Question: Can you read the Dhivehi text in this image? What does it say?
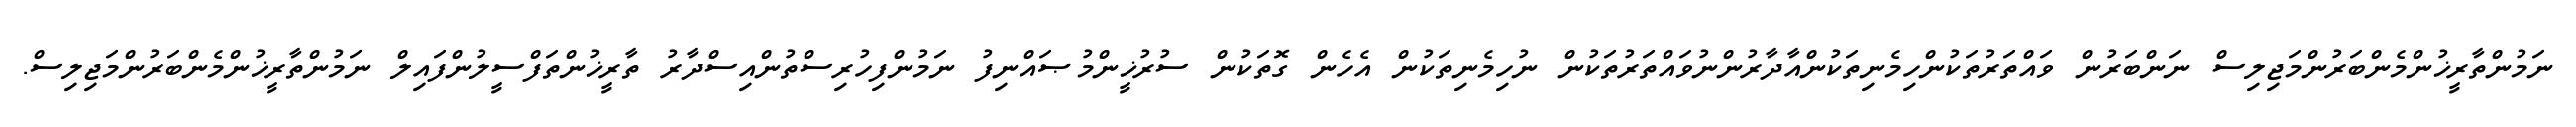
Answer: ނަމުންތާރީޚުންމެންބަރުންމަޖިލިސް ނަންބަރުން ވައްތަރުތަކުންހިމެނިތަކުންއާދާރުންނުވައްތަރުތަކުން ނުހިމެނިތަކުން އެހެން ގޮތަކުން ސުރުޚީންމުޞައްނިފު ނަމުންފިހުރިސްތުންއިސްދާރު ތާރީޚުންތަފްސީލުންފައިލް ނަމުންތާރީޚުންމެންބަރުންމަޖިލިސް.